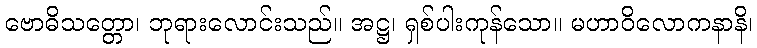
ဗောဓိသတ္တော၊ ဘုရားလောင်းသည်။ အဋ္ဌ၊ ရှစ်ပါးကုန်သော။ မဟာဝိလောကနာနိ၊